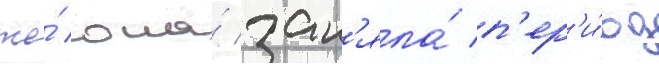
же́ она́ зан'яла́ п'ер'и́од